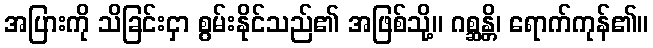
အပြားကို သိခြင်းငှာ စွမ်းနိုင်သည်၏ အဖြစ်သို့။ ဂစ္ဆန္တိ၊ ရောက်ကုန်၏။